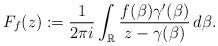
LaTeX: \begin{align*}F_f(z):=\frac{1}{2\pi i}\int_{\mathbb{R}}\frac{f(\beta)\gamma'(\beta)}{z-\gamma(\beta)}\,d\beta.\end{align*}